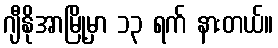
ဂျီနိုအာမြို့မှာ ၁၃ ရက် နားတယ်။